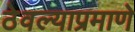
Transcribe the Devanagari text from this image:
ठेवल्याप्रमाणे